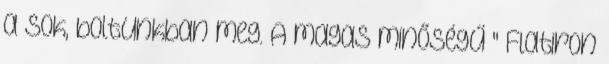
a sok, boltunkban meg. A magas minőségű " Flatiron